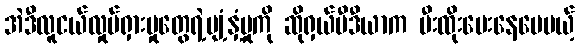
အဲဒီလူငယ်လှုပ်ရှားမှုတွေရဲ့ပျံ့နှံ့မှုကို ဆိုရှယ်မီဒီယာက မီးထိုးပေးနေပေမယ့်